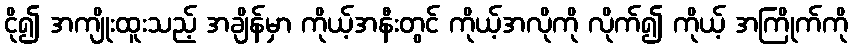
ငို၍ အကျိုးထူးသည့် အချိန်မှာ ကိုယ့်အနီးတွင် ကိုယ့်အလိုကို လိုက်၍ ကိုယ့် အကြိုက်ကို